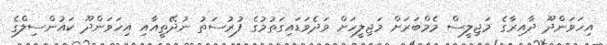
އިހަވަންދޫ ދާއިރާގެ މަޖިލީސް މެމްބަރަށް މަޖިލީހަށް ވަދެވަޑައިގަތުމުގެ ފުރުސަތު ނުދޭތީއާއި އިހަވަންދޫ ކައުންސިލްގެ